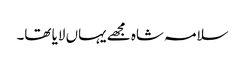
سلامہ شاہ مجھے یہاں لایا تھا۔